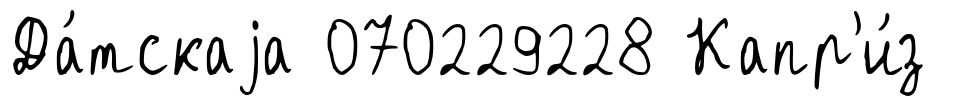
Да́тскаjа 070229228 Капр'и́з